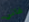
فاني